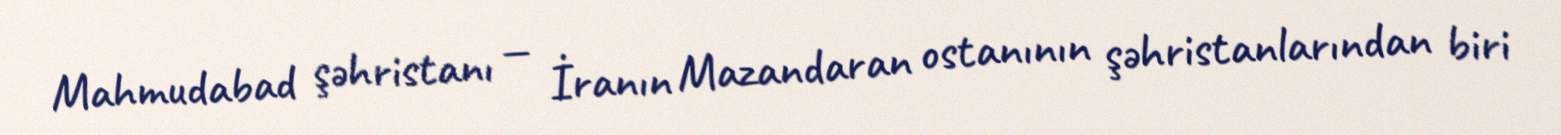
Mahmudabad şəhristanı — İranın Mazandaran ostanının şəhristanlarından biri